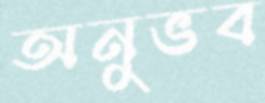
অনুভব